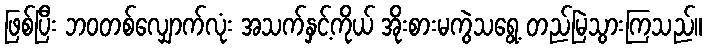
ဖြစ်ပြီး ဘဝတစ်လျှောက်လုံး အသက်နှင့်ကိုယ် အိုးစားမကွဲသရွေ့ တည်မြဲသွားကြသည်။